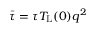
\Bar { \tau } = \tau T _ { \mathrm { L } } ( 0 ) q ^ { 2 }